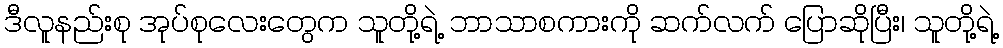
ဒီလူနည်းစု အုပ်စုလေးတွေက သူတို့ရဲ့ ဘာသာစကားကို ဆက်လက် ပြောဆိုပြီး၊ သူတို့ရဲ့